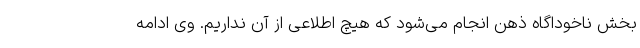
بخش ناخوداگاه ذهن انجام می‌شود که هیچ اطلاعی از آن نداریم. وی ادامه